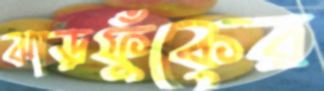
ঝাড়ফুঁকের